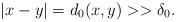
LaTeX: \begin{align*}|x-y|=d_0(x,y)>>\delta_0.\end{align*}